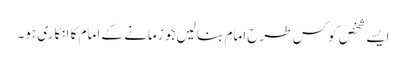
ایسے شخص کو کس طرح امام بنا لیں جو زمانے کے امام کا انکاری ہو۔